Report on the bubonic plague in Bombay, 1896-1897
Year: 1896
Disease focus: Plague
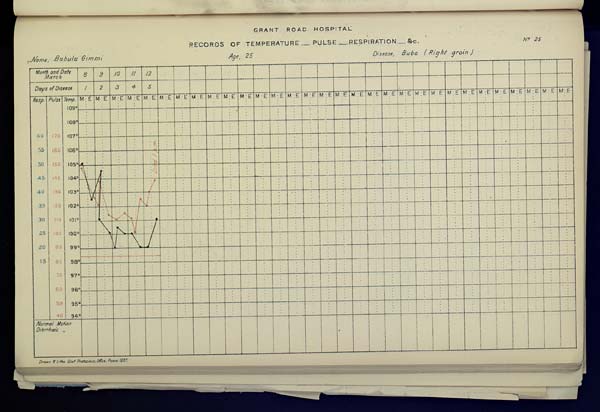
GRANT
ROAD
HOSPITAL
RECORDS OF TEMPERATURE __ PULSE __ RESPIRATION __ &c. No. 25
Name, Babula Gimmi Age, 25 Disease, Bubo (Right groin)
Drawn & Litho Govt. Photozinco, Office, Poona 1897.